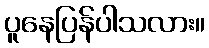
ပူနေပြန်ပါသလား။